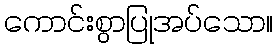
ကောင်းစွာပြုအပ်သော။